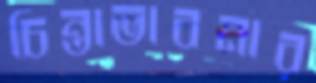
চিন্তাভাবনার